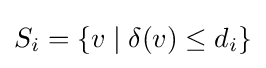
S_{i}=\{v\;|\;\delta (v)\leq d_{i}\}